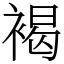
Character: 褐